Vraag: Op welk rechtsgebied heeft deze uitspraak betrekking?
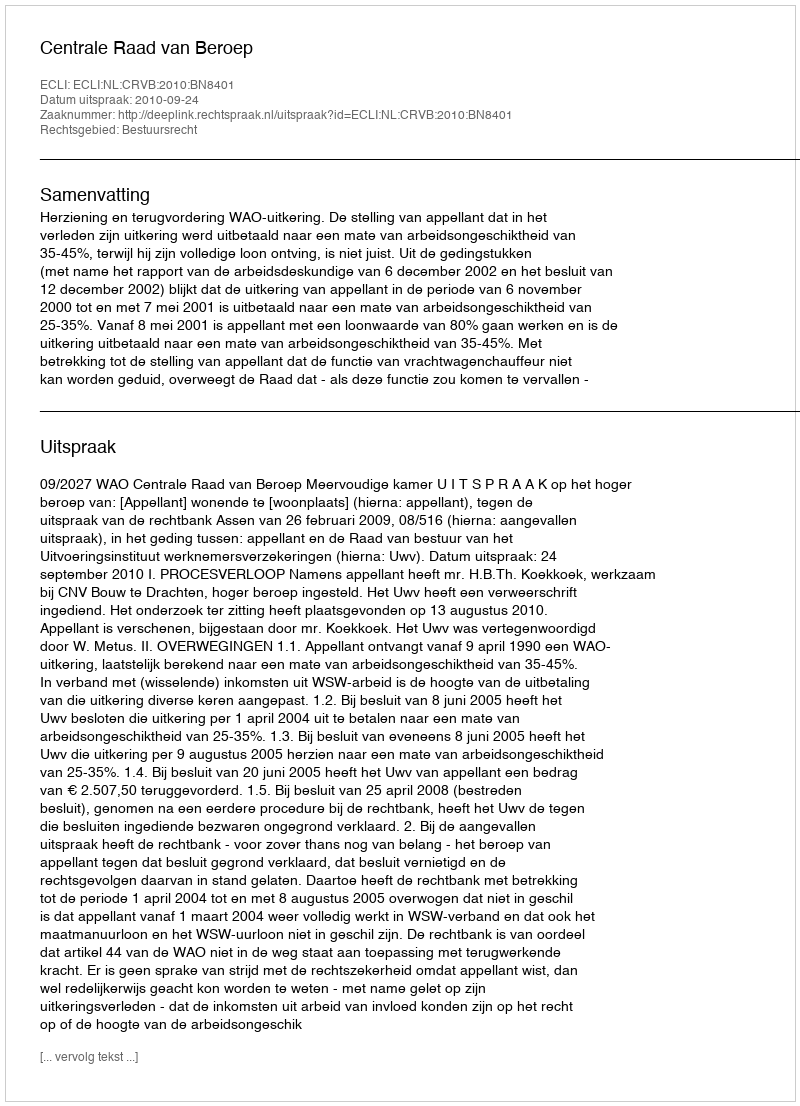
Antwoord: Bestuursrecht